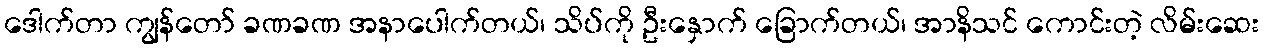
ဒေါက်တာ ကျွန်တော် ခဏခဏ အနာပေါက်တယ်၊ သိပ်ကို ဦးနှောက် ခြောက်တယ်၊ အာနိသင် ကောင်းတဲ့ လိမ်းဆေး